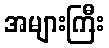
အများကြီး